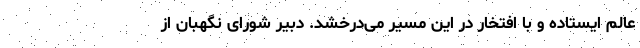
عالم ایستاده و با افتخار در این مسیر می‌درخشد. دبیر شورای نگهبان از